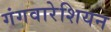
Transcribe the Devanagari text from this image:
गंगवारेशियन